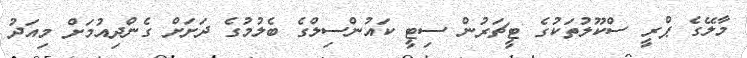
މާލޭގެ ޕްރީ ސްކޫލުތަކުގެ ޓީޗަރުން ސިޓީ ކައުންސިލްގެ ބެލުމުގެ ދަށަށް ގެންދިއުމަށް މިއަދު